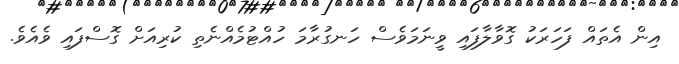
އިން އެތައް ފަހަރަކު ގޮވާލާފައި ވީނަމަވެސް ހަނގުރާމަ ހުއްޓުމެއްނެތި ކުރިއަށް ގޮސްފައި ވެއެވެ.